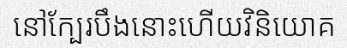
នៅក្បែរបឹងនោះហើយវិនិយោគ